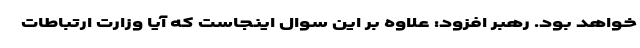
خواهد بود. رهبر افزود: علاوه بر این سوال اینجاست که آیا وزارت ارتباطات